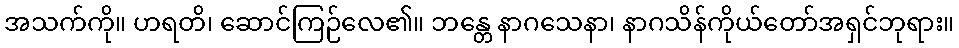
အသက်ကို။ ဟရတိ၊ ဆောင်ကြဉ်လေ၏။ ဘန္တေ နာဂသေနာ၊ နာဂသိန်ကိုယ်တော်အရှင်ဘုရား။